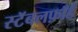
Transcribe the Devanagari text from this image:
स्टॅबलफ़ॉर्ड